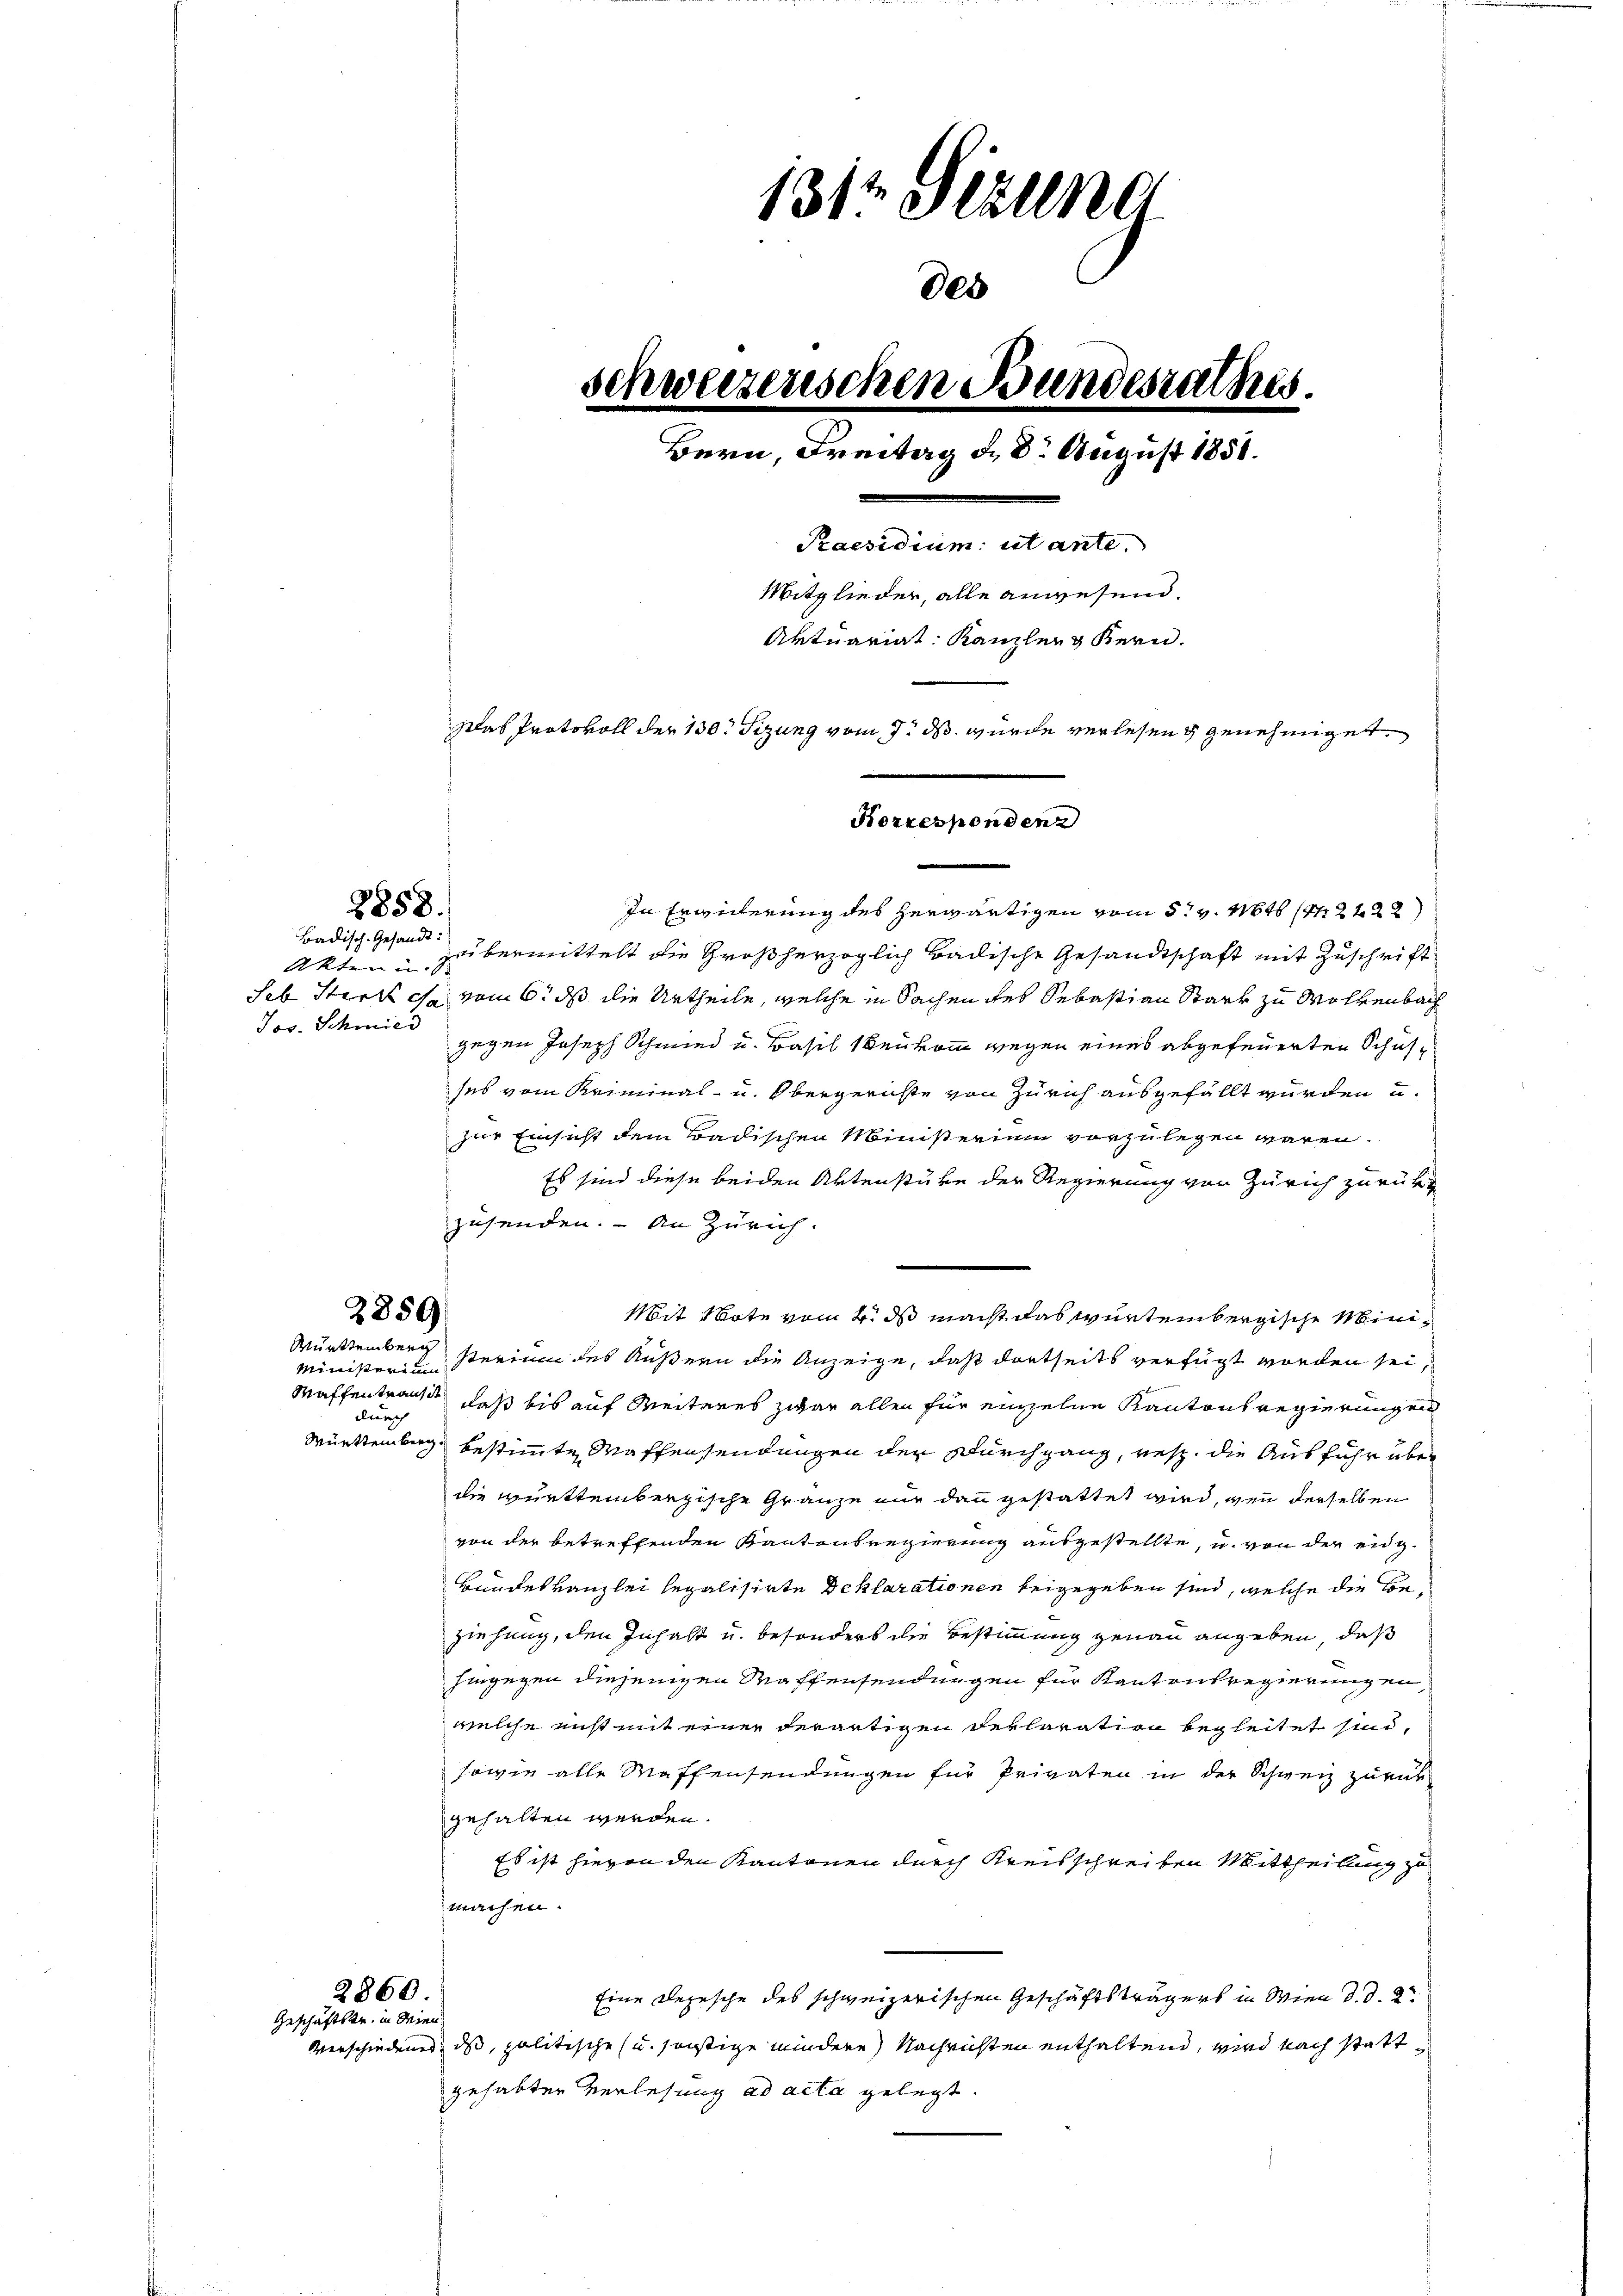
2858.

Badisch-Gesandt.
Akten u. s.
Jos. Schmied

2850

Württemberg

In Erwicherung des herwärtigen vom 5t v. 1646 (1222)
übermittelt die Großherzoglich badische Gesandtschaft mit Zuschrift
seb Stick che vom 6. ds die Urtheile, welche in Sachen des Sebastian Stark zu Wolkenbach
gegen Joseph Schmied u. Basil 1ten komm wegen eines abgefeuerten Schulses vom Kriminal- u. Obergerichte von Zürich ausgefällt würden u.
zur Einsicht dem Badischen Ministerium vorzulegen wären.
Es sind diese beiden Aktenstube der Regierung von Zürich zurücks
zusenden. - An Zürich.
Mit Note vom 4. ds macht das Würtembergische Mini¬
Minister in sterium des Äußern die Anzeige, daß dortseits verfügt worden sei,
Maffentransit, daß bis auf Weiteres zwar allen für einzelne Kantonsregierungen
durch
Württemberg bestimmte Waffensendungen der Durchgang, resp. die Ausfuhr über
die württembergische Gränze nur dann gestattet wird, wenn derselben
von der betreffenden Kantonsregierung ausgestellte, u. von der eig¬
Bundeskanzlei legalisirte Deklarationen beigegeben sind, welche die Beziehung, den Inhalt u. besonders die Bestimmung genau angeben, daß
hingegen diejenigen Waffensendungen für Kantonsregierungen,
welche nicht mit einer derartigen Deklaration begleitet sind,
sowie alle Waffensendungen für Privaten in der Schweiz zurück
gehalten werden.
Es ist hievon den Kantonen durch Kreisschreiben Mittheilung zu
machen.
2860.
Eine Depesche des schweizerischen Geschäftsträgers in Wien d. d. 2
Geschäftstr. in dien
Verschiedenes, dass, politische u. sonstige mindere Nachrichten enthaltend, wird nach stattgehabter Verlesung ad acta gelegt.

131t Fälle
schweizerischen Bundesrathes.
Bern, Freitag d. 8. August 1851.
Praesidium ut ante.
Mitglieder, alle anwesend.
Aktuariat Kanzler Kern.
Das Protokoll der 130. Sizung vom 7. d. wurde verlesen genehmiget.
Korrespondenz

des